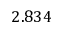
2 . 8 3 4